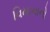
વિમાનાનો